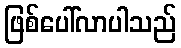
ဖြစ်ပေါ်လာပါသည်